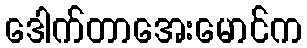
ဒေါက်တာအေးမောင်က